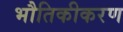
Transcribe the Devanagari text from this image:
भौतिकीकरण